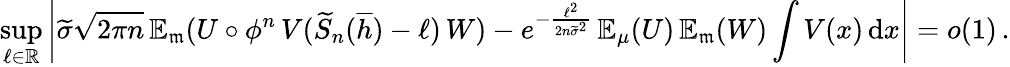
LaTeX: \operatorname*{sup}_{\ell\in\mathbb{R}}\left|\widetilde\sigma\sqrt{2\pi n}\, {\mathbb{E}}_{\mathfrak{m}}(U\circ\phi^{n}\, V(\widetilde S_{n}(\overline{{h}})-\ell)\, W)-e^{-\frac{\ell^{2}}{2n\widetilde\sigma^{2}}}\, {\mathbb{E}}_{\mu}(U)\, {\mathbb{E}}_{\mathfrak{m}}(W)\int V(x)\, \mathrm{d}x\right|=o(1)\, .